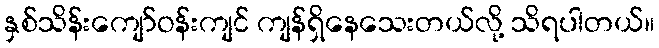
နှစ်သိန်းကျော်ဝန်းကျင် ကျန်ရှိနေသေးတယ်လို့ သိရပါတယ်။